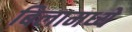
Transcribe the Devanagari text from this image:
बिलामध्ये